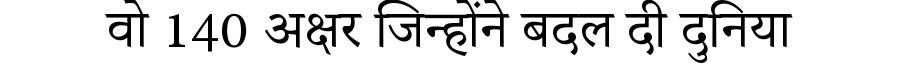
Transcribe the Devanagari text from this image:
वो 140 अक्षर जिन्होंने बदल दी दुनिया